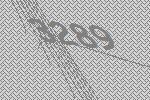
3289